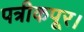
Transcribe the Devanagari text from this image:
पत्रीकपूर।